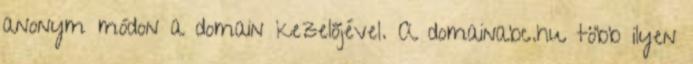
anonym módon a domain kezelőjével. A domainabc.hu több ilyen